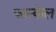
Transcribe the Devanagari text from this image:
फास्केल